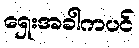
ရှေးအခါကပင်